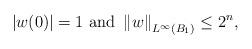
LaTeX: \begin{align*}|w(0)|= 1 \mbox{ and } \left\| w \right\|_{L^{\infty}(B_1)} \leq 2^n,\end{align*}